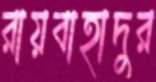
রায়বাহাদুর